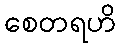
စေတရဟိ